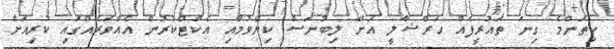
ކިތަންމެ ގިނަ ތައުރީފެއް ހަރްޝާލީ އަށް ލިބުނަސް ކިޔެވުމާއި އެކްޓްކުރުން އެއްވަރެއްގައި ކުރިއަށް